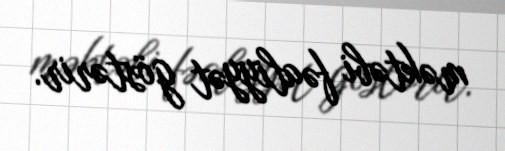
məktəbi fəaliyyət göstərir.